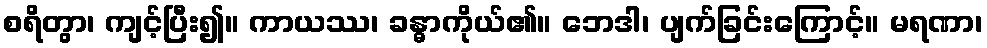
စရိတွာ၊ ကျင့်ပြီး၍။ ကာယဿ၊ ခန္ဓာကိုယ်၏။ ဘေဒါ၊ ပျက်ခြင်းကြောင့်။ မရဏာ၊